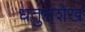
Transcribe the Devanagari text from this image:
धतुराशेख